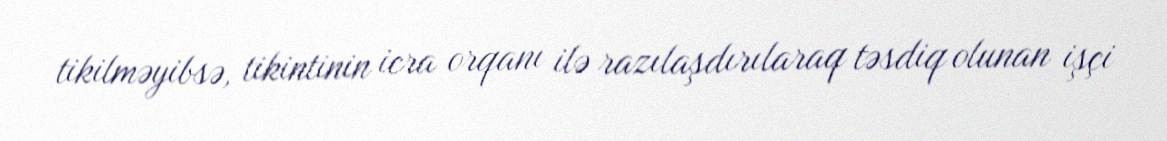
tikilməyibsə, tikintinin icra orqanı ilə razılaşdırılaraq təsdiq olunan işçi